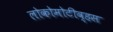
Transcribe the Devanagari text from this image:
लोकोमोटीव्हस